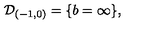
{ \cal D } _ { ( - 1 , 0 ) } = \{ b = \infty \} ,